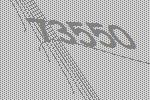
73550